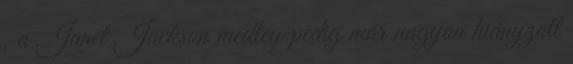
, a Janet Jackson medley pedig már nagyon hiányzott